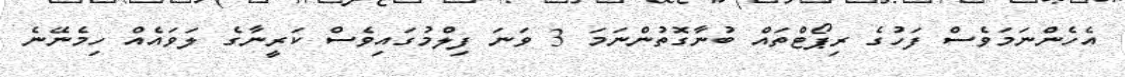
އެހެންނަމަވެސް ފަހުގެ ރިޕޯޓްތައް ބުނާގޮތުންނަމަ 3 ވަނަ ފިލްމުގައިވެސް ކަރީނާގެ ލަވައެއް ހިމެނޭނެ